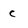
Character: c